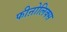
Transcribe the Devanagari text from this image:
फीऩोलिक्स